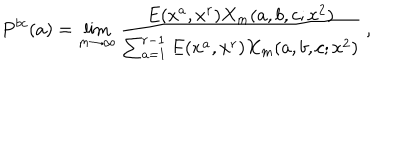
LaTeX: P ^ { b c } ( a ) = \lim _ { m \to \infty } \frac { E ( x ^ { a } , x ^ { r } ) X _ { m } ( a , b , c ; x ^ { 2 } ) } { \sum _ { a = 1 } ^ { r - 1 } E ( x ^ { a } , x ^ { r } ) X _ { m } ( a , b , c ; x ^ { 2 } ) } \: ,